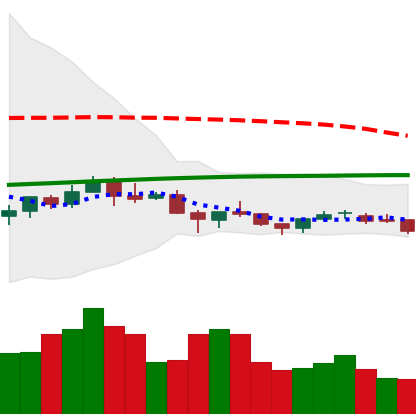
Ticker: NEO-USD
Chart end date: 2021-06-18
Forward return: -27.247%
Label: down_7plus